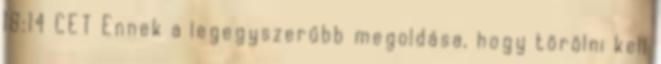
18:14 CET Ennek a legegyszerűbb megoldása, hogy törölni kell